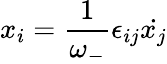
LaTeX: x_{i}=\frac{1}{\omega_{-}}\epsilon_{ij}{\dot{x_{j}}}